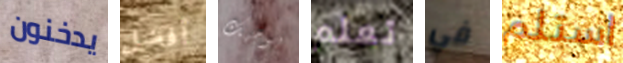
يدخنون أفضل بوجهك تعلم في استلم